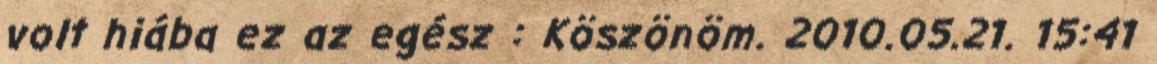
volt hiába ez az egész : Köszönöm. 2010.05.21. 15:41